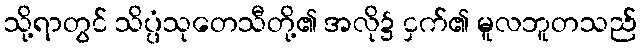
သို့ရာတွင် သိပ္ပံသုတေသီတို့၏ အလို၌ ငှက်၏ မူလဘူတသည်